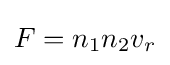
F=n_{1}n_{2}v_{r}